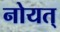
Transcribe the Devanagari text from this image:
नोयत्